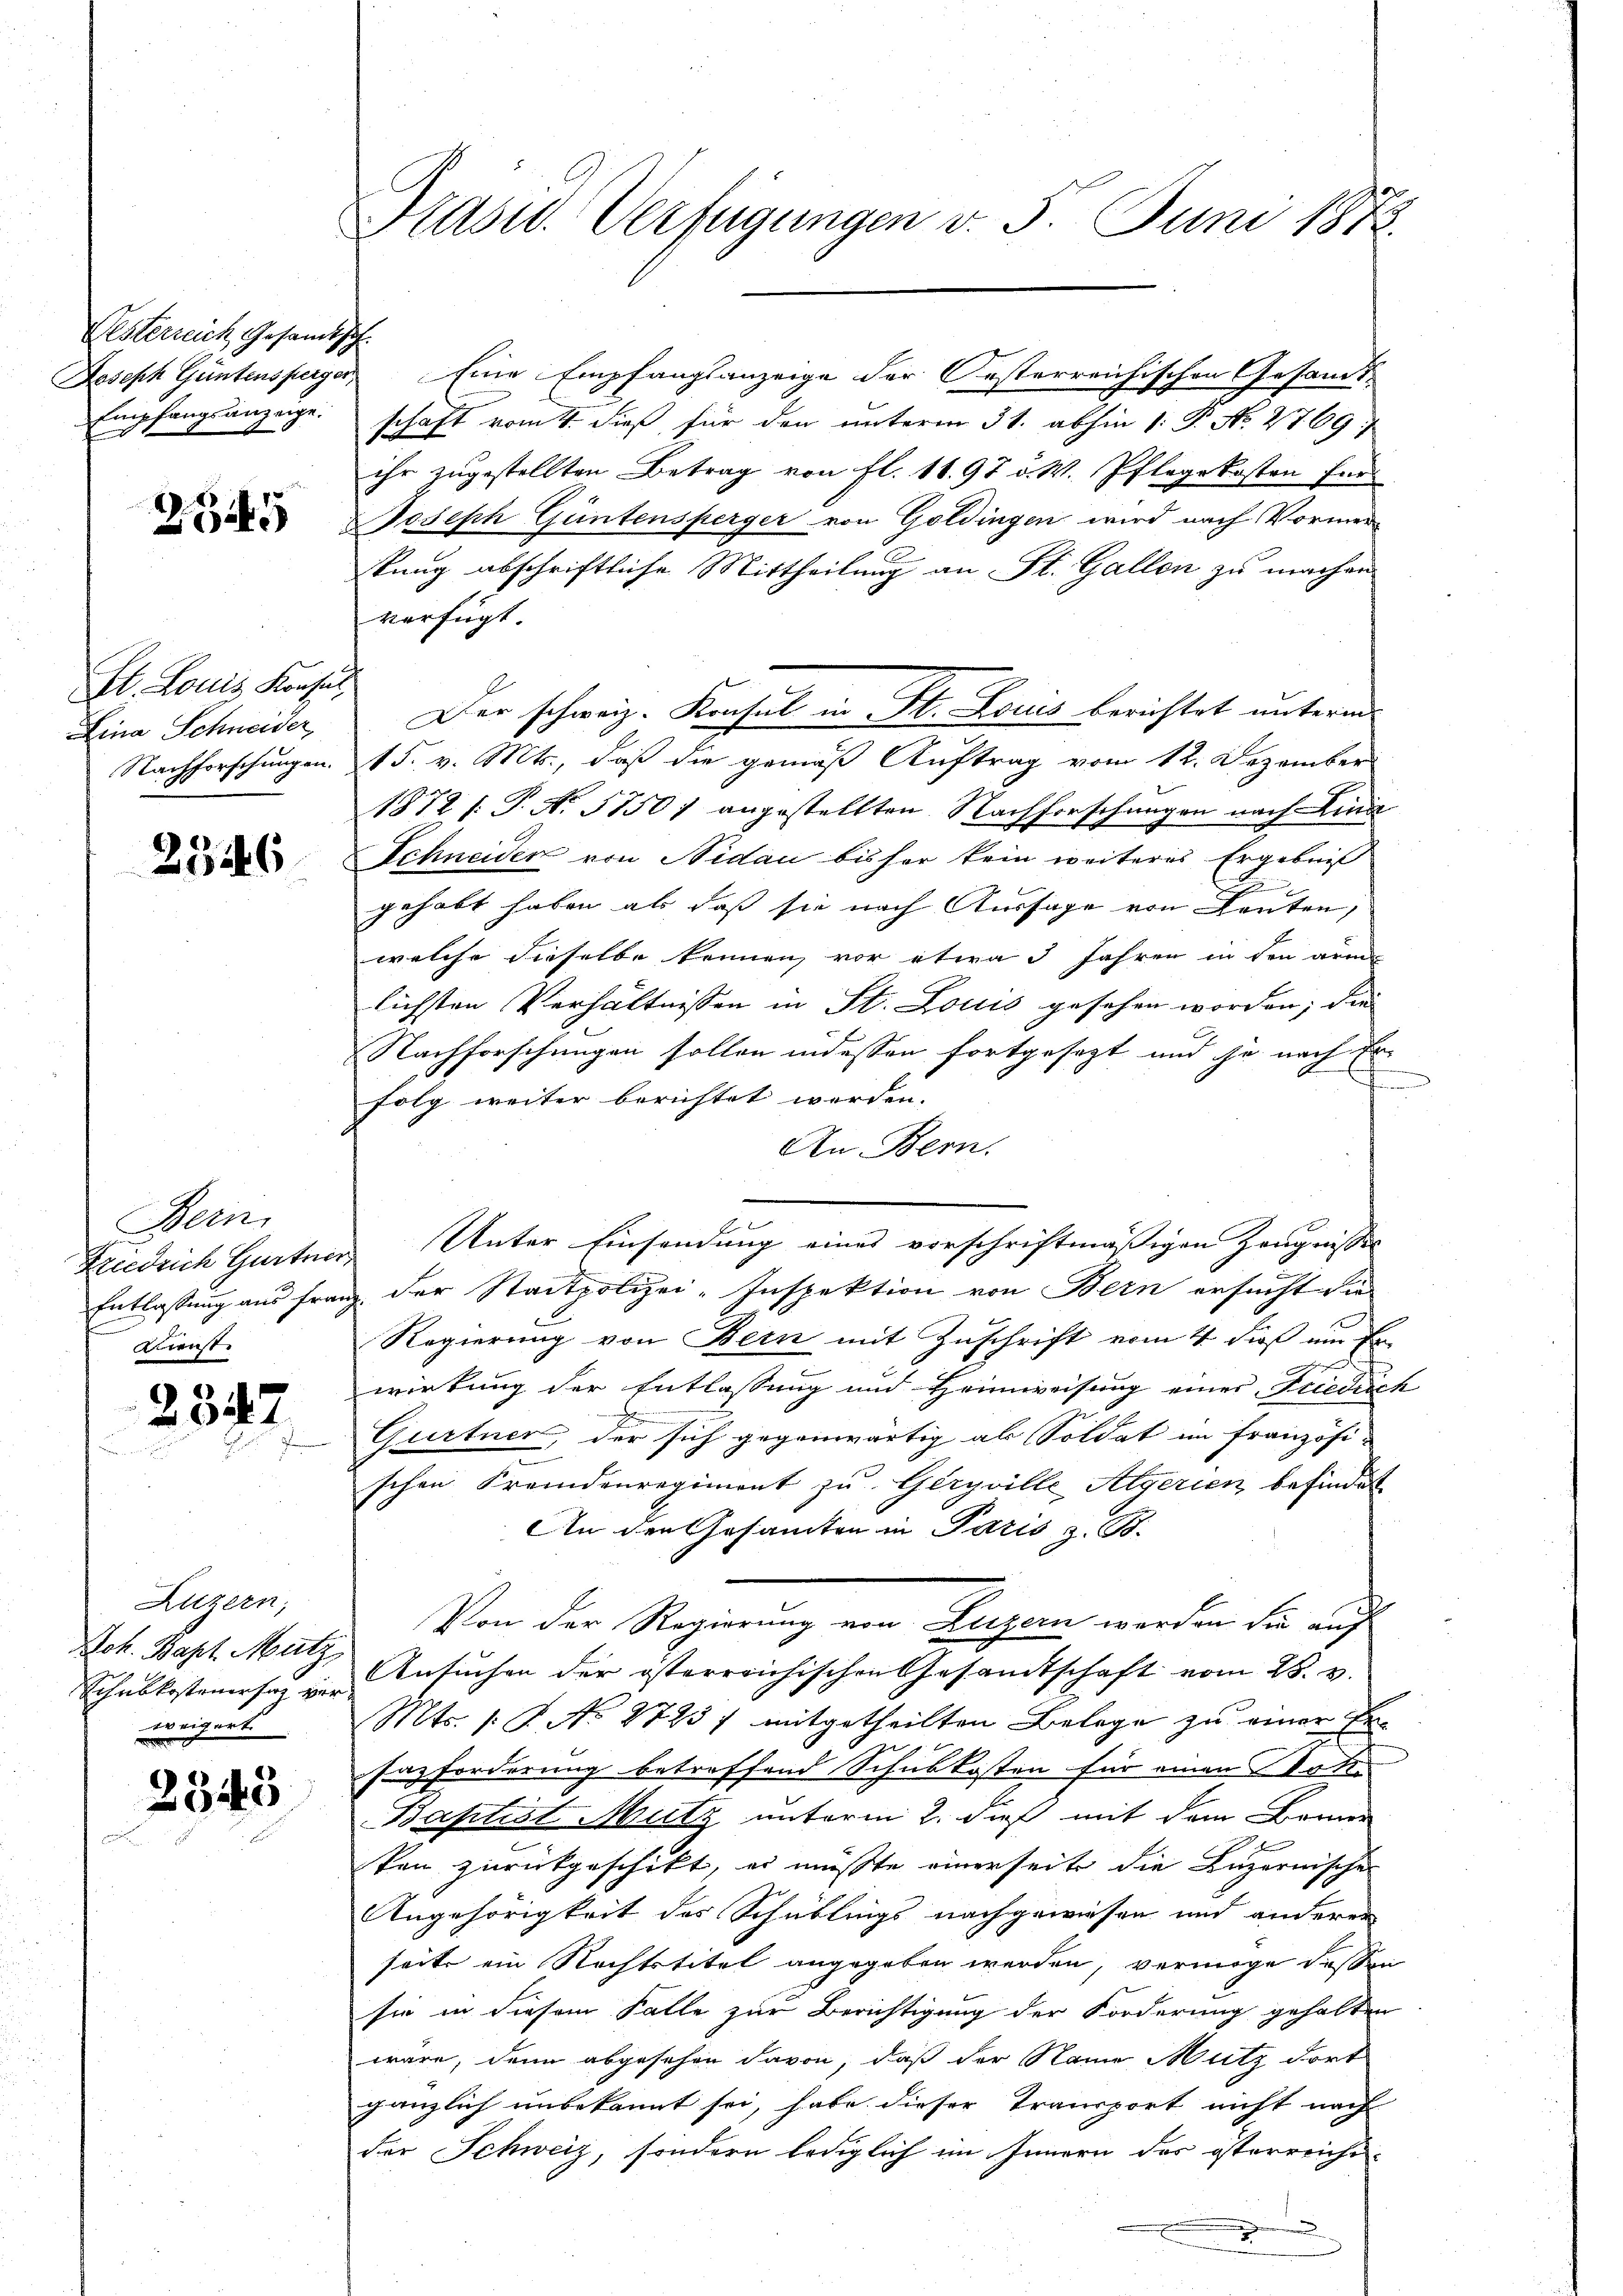
Oesterreich, Gesandts
Joseph Güntensperger,
Empfangsanzeige.

2345

St. Louis Konsul,
Lina Schneider,
Nachforschungen.

2346

Bein.
Friedrich Gurtner
Entlassung aus Franz
Dienst

2347

Luzern,
Joh. Bapt. Mutz,
Schubkostenersaz ver
weigert

2345

Präsid. Verfügungen v. 5. Juni 1875.

schaft vom 4. dieß für den unterm 31. abhin 1. P. No 4769
ihr zugestellten Betrag von fl. 11. 97 v. W. Pflegekosten für
Joseph Güntensperger von Goldingen wird nach Vormertung abschriftliche Mittheilung an St. Gallen zu machen
verfügt
Der schweiz. Konsul in St. Louis berichtet unterm
15. v. Mts., daß die gemäß Auftrag vom 12. Dezember
1872 /: T. N. 5750) angestellten Nachforschungen nach Lina
Schneider von Nidau bisher kein weiteres Ergebniß
c
gehabt haben als daß sie nach Aussage von Leuten,
welche dieselbe können, vor etwa 3 Jahren in den arm
lichsten Verhältnissen in St. Louis gesehen worden; die
Nachforschungen sollen indessen fortgesezt und je nach Er
n
folg weiter berichtet werden.
An Bern.
Unter Einsendung eines vorschriftmäßigen Zeugnisses
der Stadtpolizei-Inspektion von Bern ersucht die
Regierung von Bern mit Zuschrift vom 4. dieß ein Er
wirkung der Entlassung und Heimweisung einer Friedrich
Gurtner, der sich gegenwärtig als Soldat im französi-
schen Fremdenregiment zu Geryville Algerien befindet
An den Gesamten in Paris z. B.
Von der Regierung von Luzern werden die auf
Ansuchen der österreichischen Gesandtschaft vom 28. v.
Mts. 1. P. No 2725 f mitgetheilten Belege zu einer Ersazforderung betreffend Schulkosten für einen Vater
Baptist Mutz unterm 2. daß mit dem Bemer
ken zurückgeschikt, es müßte einerseite die Luzernische
Angehörigkeit des Schublings nachgewiesen und anderen
seits ein Rechtstitel angegeben werden, vermöge dassen
sie in diesem Falle zur Berichtigung der Forderung gehalten
wäre, denn abgesehen davon, daß der Name Mutz dort
gänzlich unbekannt sei, habe dieser Transport nicht nach
der Schweiz, sondern lediglich im Innern des österreiche
.

Eine Empfangsanzeige der Oesterreichischen Gesandt¬